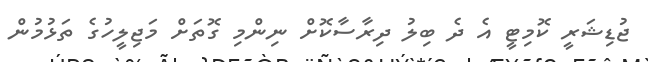
ޖުޑިޝަރީ ކޮމިޓީ އެ ދެ ބިލު ދިރާސާކޮށް ނިންމި ގޮތަށް މަޖިލީހުގެ ތަޅުމުން